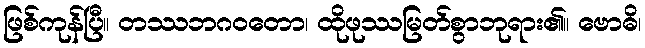
ဖြစ်ကုန်ပြီ။ တဿဘဂဝတော၊ ထိုဖုဿမြတ်စွာဘုရား၏။ ဗောဓိ၊